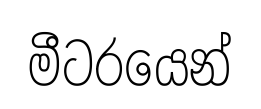
මීටරයෙන්